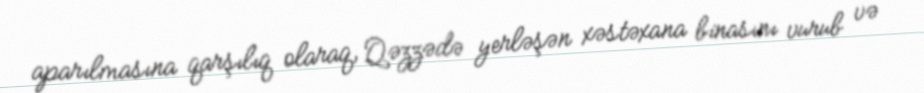
aparılmasına qarşılıq olaraq, Qəzzədə yerləşən xəstəxana binasını vurub və